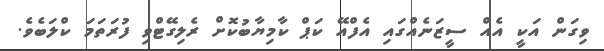
ވިގަން އަކީ އެއް ސީޒަނެއްގައި އެފްއޭ ކަޕް ކާމިޔާބުކޮށް ރެލިގޭޓްވި ފުރަތަމަ ކްލަބެވެ.